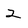
Character: 2